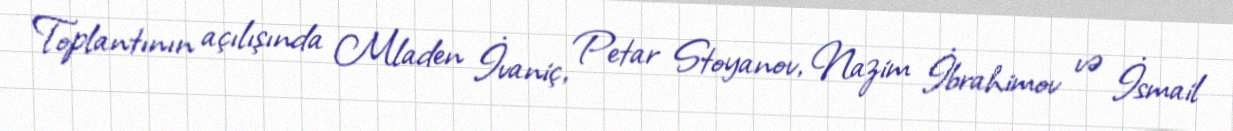
Toplantının açılışında Mladen İvaniç, Petar Stoyanov, Nazim İbrahimov və İsmail